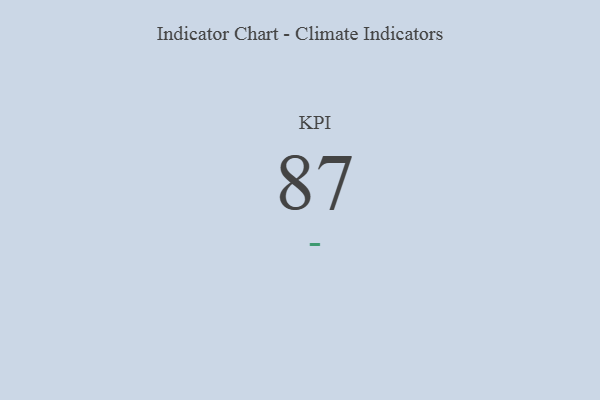
{"axis": {"x": "KPI", "y": "Value"}, "legend": [""], "data": [{"x": "KPI", "y": 87, "type": ""}]}